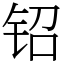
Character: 𬬿